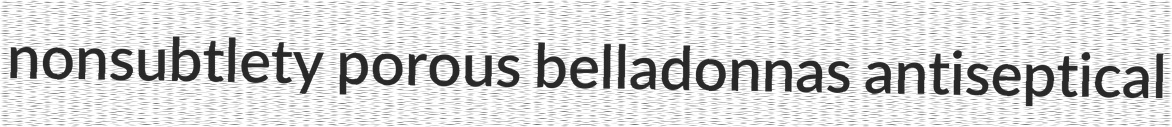
nonsubtlety porous belladonnas antiseptical